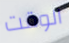
الوقت